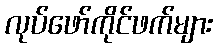
လုပ်ဖော်ကိုင်ဖက်များ